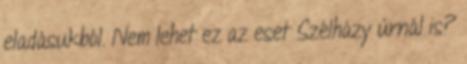
eladásukból. Nem lehet ez az eset Szélházy úrnál is?